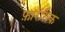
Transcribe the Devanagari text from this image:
फ़ॉरेंसिक